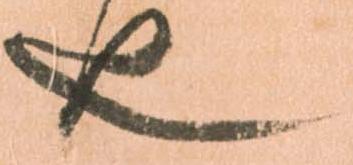
也